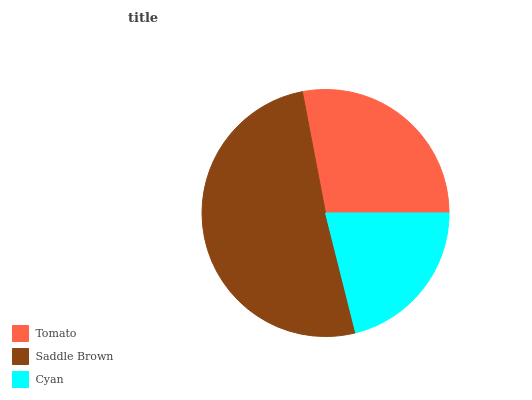
| Tomato | Saddle Brown | Cyan |
 | --- | --- | --- |
 | 28% | 51% | 21% |